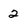
Character: 2